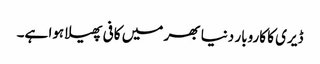
ڈیری کا کاروبار دنیا بھر میں کافی پھیلا ہوا ہے۔